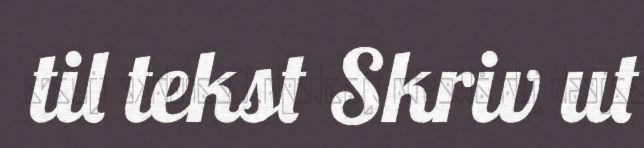
til tekst Skriv ut